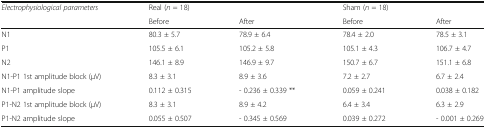
| Electrophysiological parameters | Real (n = 18) |  | Sham (n = 18) |  |
 |  | Before | After | Before | After |
 | --- | --- | --- | --- | --- |
 | N1 | 80.3 ± 5.7 | 78.9 ± 6.4 | 78.4 ± 2.0 | 78.5 ± 3.1 |
 | P1 | 105.5 ± 6.1 | 105.2 ± 5.8 | 105.1 ± 4.3 | 106.7 ± 4.7 |
 | N2 | 146.1 ± 8.9 | 146.9 ± 9.7 | 150.7 ± 6.7 | 151.1 ± 6.8 |
 | N1-P1 1st amplitude block (μV) | 8.3 ± 3.1 | 8.9 ± 3.6 | 7.2 ± 2.7 | 6.7 ± 2.4 |
 | N1-P1 amplitude slope | 0.112 ± 0.315 | - 0.236 ± 0.339 ** | 0.059 ± 0.241 | 0.038 ± 0.182 |
 | P1-N2 1st amplitude block (μV) | 8.3 ± 3.1 | 8.9 ± 4.2 | 6.4 ± 3.4 | 6.3 ± 2.9 |
 | P1-N2 amplitude slope | 0.055 ± 0.507 | - 0.345 ± 0.569 | 0.039 ± 0.272 | - 0.001 ± 0.269 |